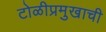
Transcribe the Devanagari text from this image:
टोळीप्रमुखाची